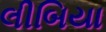
લીબિયા